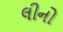
લીનો